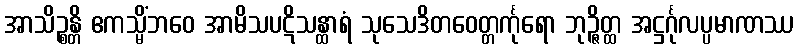
အာသိဉ္စန္တိ ဧကသ္မိံဘဝေ အာမိသပဋိသန္ထာရံ သုသေဒိတဝေတ္တင်္ကုရော ဘုဉ္ဇိတ္ထ အဋ္ဌင်္ဂုလပ္ပမာဏဿ